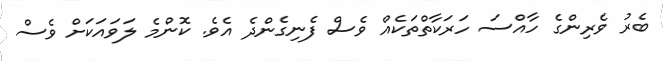
ބެރު ވެރިންގެ ހާއްސަ ހަރަކާތްތަކެއް ވެސް ފެނިގެންދެ އެވެ. ކޮންމެ ލަވައަކަށް ވެސް